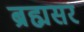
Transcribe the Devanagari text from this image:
ब्रह्मसर